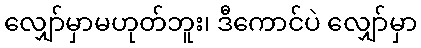
လျှော်မှာမဟုတ်ဘူး၊ ဒီကောင်ပဲ လျှော်မှာ